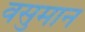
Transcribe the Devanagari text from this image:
वसुमान